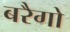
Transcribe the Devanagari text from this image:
बरैगो